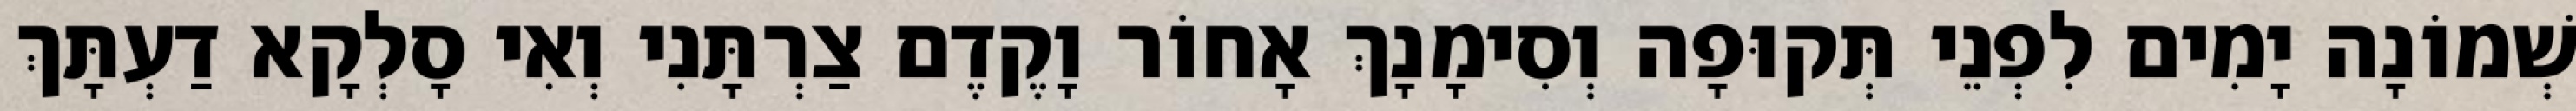
שְׁמוֹנָה יָמִים לִפְנֵי תְּקוּפָה וְסִימָנָךְ אָחוֹר וָקֶדֶם צַרְתָּנִי וְאִי סָלְקָא דַעְתָּךְ